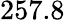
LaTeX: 257.8